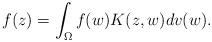
LaTeX: \begin{align*} f(z) = \int_{\Omega} f(w)K(z, w) {dv (w)}.\end{align*}